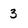
Character: 3